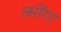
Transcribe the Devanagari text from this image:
त्सोंगा